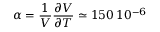
\alpha \displaystyle = \frac { 1 } { V } \frac { \partial V } { \partial T } \simeq 1 5 0 \, 1 0 ^ { - 6 }